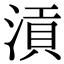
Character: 𣹟